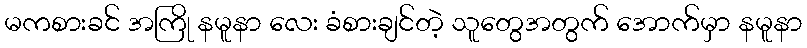
မကစားခင် အကြို နမူနာ လေး ခံစားချင်တဲ့ သူတွေအတွက် အောက်မှာ နမူနာ